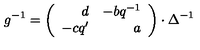
g ^ { - 1 } = \left( \begin{array} { r r } { d } & { - b q ^ { - 1 } } \\ { - c q ^ { \prime } } & { a } \\ \end{array} \right) \cdot \Delta ^ { - 1 }